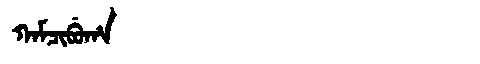
Manchu: ᡴᠠᠮᠴᡳᠪᡠᡥᠠ
Romanization: KAMCIBUHA